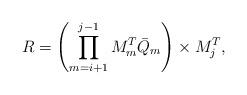
LaTeX: \begin{align*} R = \left(\prod_{m=i+1}^{j-1} M_m^T \bar{Q}_m\right) \times M_j^T,\end{align*}